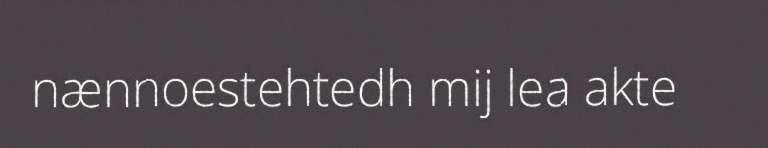
nænnoestehtedh mij lea akte